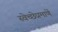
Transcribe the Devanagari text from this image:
स्वेच्छेप्रमाणें